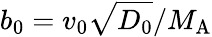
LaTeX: b_{0}=v_{0}\sqrt{D_{0}}/{M_{\mathrm{A}}}